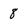
Character: 8